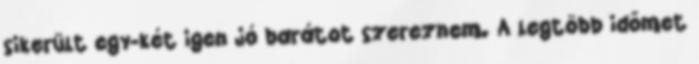
sikerült egy-két igen jó barátot szereznem. A legtöbb időmet